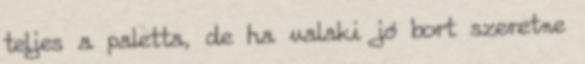
teljes a paletta, de ha valaki jó bort szeretne